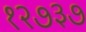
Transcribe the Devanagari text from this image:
१२७३७